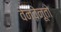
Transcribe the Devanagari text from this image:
वेनवेनूतो